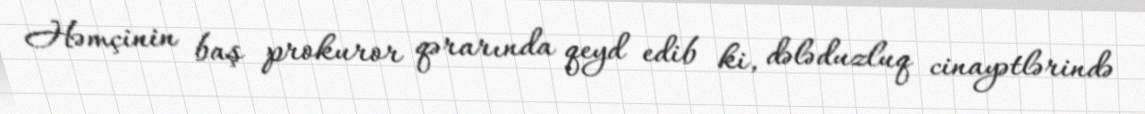
Həmçinin baş prokuror qərarında qeyd edib ki, dələduzluq cinayətlərində